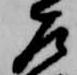
左